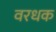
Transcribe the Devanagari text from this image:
वरधक